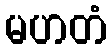
မဟတံ